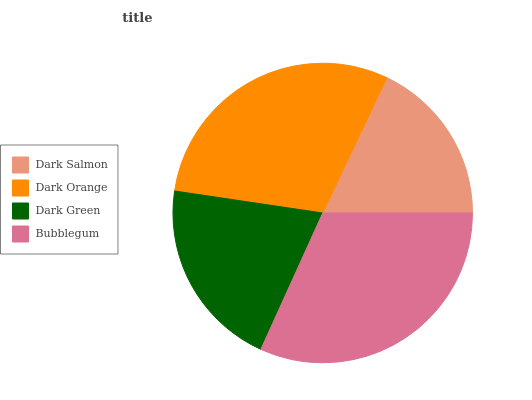
| Dark Salmon | Dark Orange | Dark Green | Bubblegum |
 | --- | --- | --- | --- |
 | 18% | 29.7% | 20.5% | 31.8% |